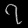
Digit: ၇